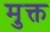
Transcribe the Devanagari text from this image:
मु़क्त